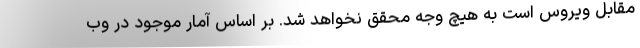
مقابل ویروس است به هیچ وجه محقق نخواهد شد. بر اساس آمار موجود در وب